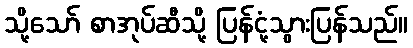
သို့သော် စာအုပ်ဆီသို့ ပြန်ငုံ့သွားပြန်သည်။